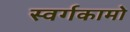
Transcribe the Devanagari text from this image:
स्वर्गकामो